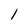
Character: l